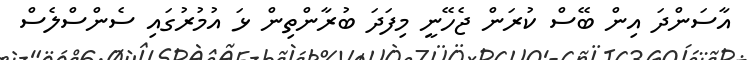
އާސަންދަ އިން ބޭސް ކުރަން ޖެހޭނީ މިފަދަ ބުރާންތިން ޅަ އުމުރުގައި ސެންސްލެސް